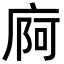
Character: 㢌